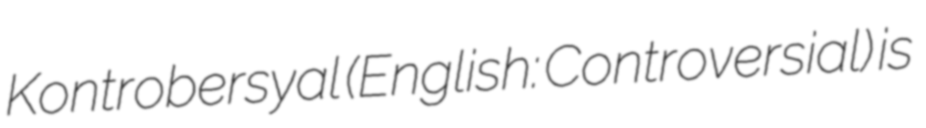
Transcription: Kontrobersyal (English: Controversial) is